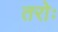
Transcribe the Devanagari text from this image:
तरोः